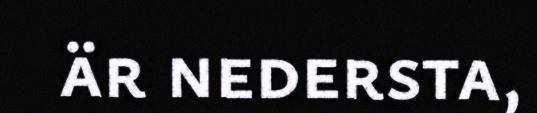
är nedersta,